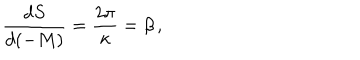
\frac { d S } { d ( - M ) } = \frac { 2 \pi } { \kappa } = \beta \, ,